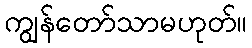
ကျွန်တော်သာမဟုတ်။